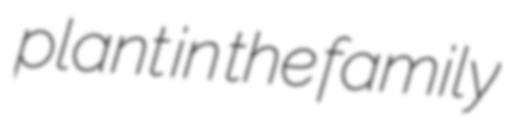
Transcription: plant in the family